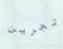
تجرين